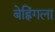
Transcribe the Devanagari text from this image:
बेह्रिंगला